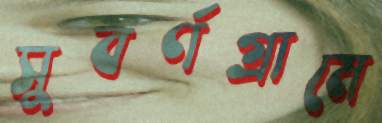
সুবর্ণগ্রামে